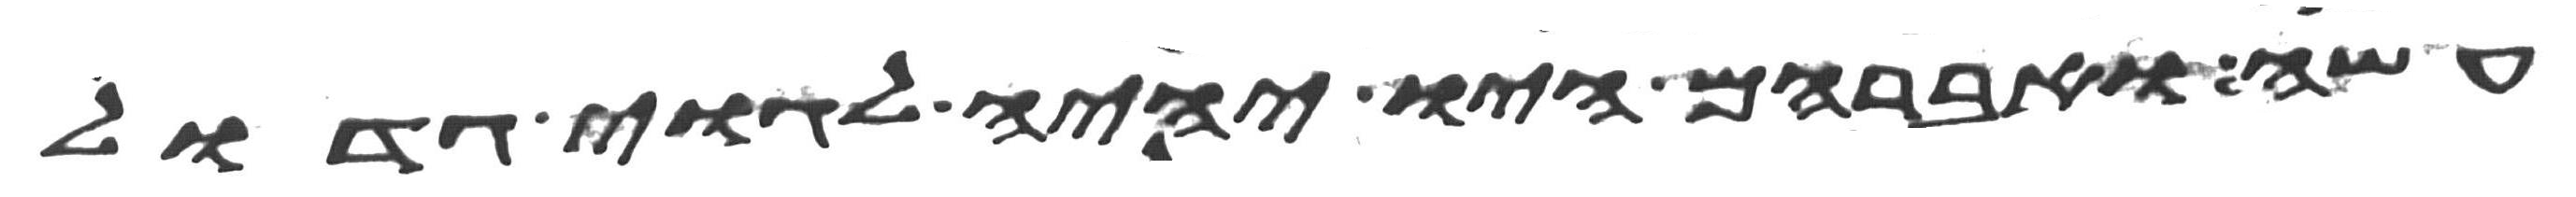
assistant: עשה ואברהם היו יהיה לגוי גדול